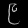
Digit: ၉